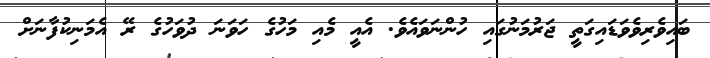
ބައިވެރިވެވަޑައިގަތީ ޖަރުމަނުގައި ހުންނަވައެވެ. އެއީ މެއި މަހުގެ ހަވަނަ ދުވަހުގެ ރޭ އެމަނިކުފާނަށް